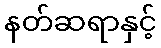
နတ်ဆရာနှင့်